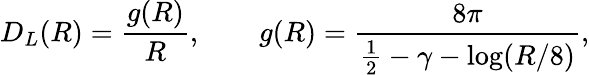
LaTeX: D_{L}(R)=\frac{g(R)}{R},\qquad g(R)=\frac{8\pi}{{\textstyle{\frac{1}{2}}}-\gamma-\log(R/8)},